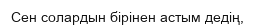
Сен солардын бірінен астым дедің,